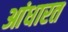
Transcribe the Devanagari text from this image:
आंधारत